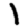
Digit: 1